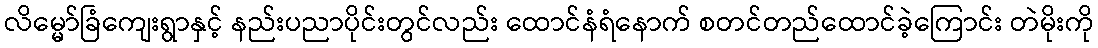
လိမ္မော်ခြံကျေးရွာနှင့် နည်းပညာပိုင်းတွင်လည်း ထောင်နံရံနောက် စတင်တည်ထောင်ခဲ့ကြောင်း တဲမိုးကို